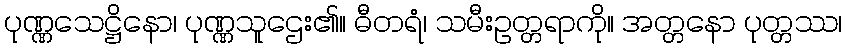
ပုဏ္ဏသေဋ္ဌိနော၊ ပုဏ္ဏသူဌေး၏။ ဓီတရံ၊ သမီးဥတ္တရာကို။ အတ္တနော ပုတ္တဿ၊